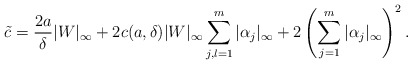
\begin{align*}\tilde c= {2a\over \delta}|W|_\infty+2c(a,\delta)|W|_\infty\sum_{j,l=1}^m |\alpha_j|_\infty+2\left(\sum_{j=1}^m |\alpha_j|_\infty\right)^2.\end{align*}